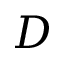
D